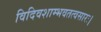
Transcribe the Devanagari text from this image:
विदिवशाम्भवतत्वसारः।